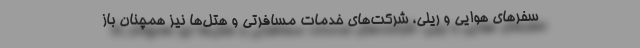
سفرهای هوایی و ریلی، شرکت‌های خدمات مسافرتی و هتل‌ها نیز همچنان باز